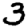
Digit: 3